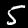
Label: 5